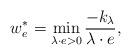
LaTeX: \begin{align*} w^*_e=\min_{\lambda\cdot e>0} \frac{-k_\lambda}{\lambda\cdot e},\end{align*}